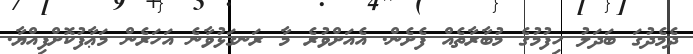
ދެމެދުގަ ބަދަލު ހިފުމުގެ މުބާރާތެއް ފެށެން. އެއަށްވުރެ މާ ރަނގަޅުވާނެ އަހަރެން މަޢާފުކޮށްފިއްޔާ.